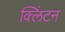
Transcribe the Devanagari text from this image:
क्‍लिंटन